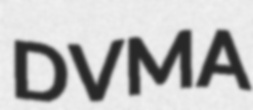
DVMA